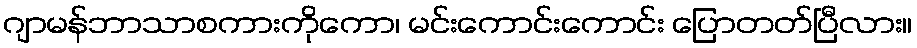
ဂျာမန်ဘာသာစကားကိုကော၊ မင်းကောင်းကောင်း ပြောတတ်ပြီလား။